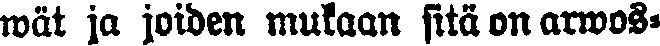
wät ja joiden mukaan sitä on arwos-